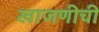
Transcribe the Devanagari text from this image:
खाजणीची